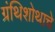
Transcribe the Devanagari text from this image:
ग्रंथिशोथाचे